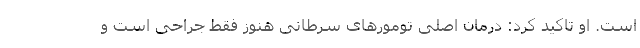
است. او تاکید کرد: درمان اصلی تومورهای سرطانی هنوز فقط جراحی است و